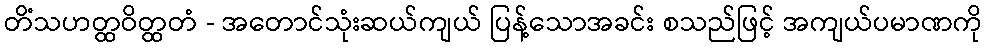
တိံသဟတ္ထဝိတ္ထတံ - အတောင်သုံးဆယ်ကျယ် ပြန့်သောအခင်း စသည်ဖြင့် အကျယ်ပမာဏကို